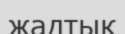
жадтық